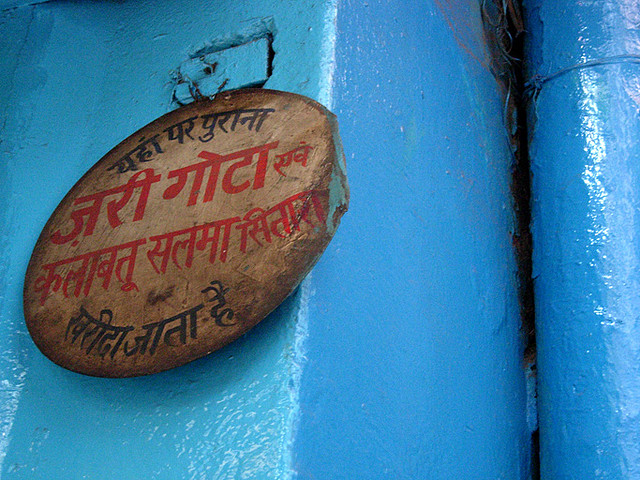
Language: hindi
Transcription: एवं पर पुराना खरीदा है गोटा कलाबतु सलमा सितारा जरी जाता